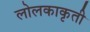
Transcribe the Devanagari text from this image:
लोलकाकृती